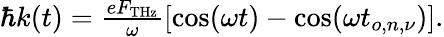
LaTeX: \begin{array}{r}{\hbar k(t)=\frac{eF_{\mathrm{THz}}}{\omega}[\cos(\omega t)-\cos(\omega t_{o,n,\nu})].}\end{array}